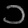
Digit: ၁